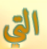
التي